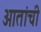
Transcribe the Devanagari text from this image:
आतांची